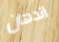
الدهان